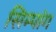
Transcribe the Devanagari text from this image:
सिम्पांग